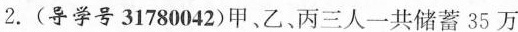
2. (导学号31780042)甲、乙、丙三人一共储蓄 35 万